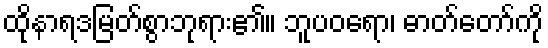
ထိုနာရဒမြတ်စွာဘုရား၏။ ဘူပဝရော၊ ဓာတ်တော်ကို